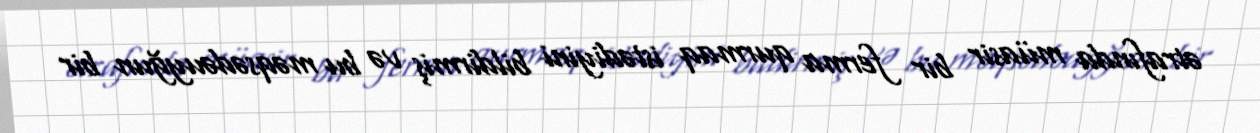
ətrafında müasir bir ferma qurmaq istədiyini bildirmiş və bu məqsədəuyğun bir